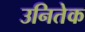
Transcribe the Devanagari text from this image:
उनितेक